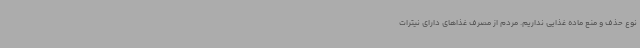
نوع حذف و منع ماده غذایی نداریم. مردم از مصرف غذاهای دارای نیترات‌